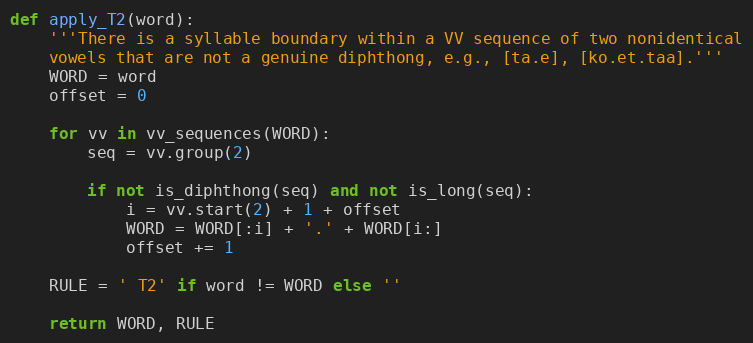
Language: Python
def apply_T2(word):
    '''There is a syllable boundary within a VV sequence of two nonidentical
    vowels that are not a genuine diphthong, e.g., [ta.e], [ko.et.taa].'''
    WORD = word
    offset = 0

    for vv in vv_sequences(WORD):
        seq = vv.group(2)

        if not is_diphthong(seq) and not is_long(seq):
            i = vv.start(2) + 1 + offset
            WORD = WORD[:i] + '.' + WORD[i:]
            offset += 1

    RULE = ' T2' if word != WORD else ''

    return WORD, RULE